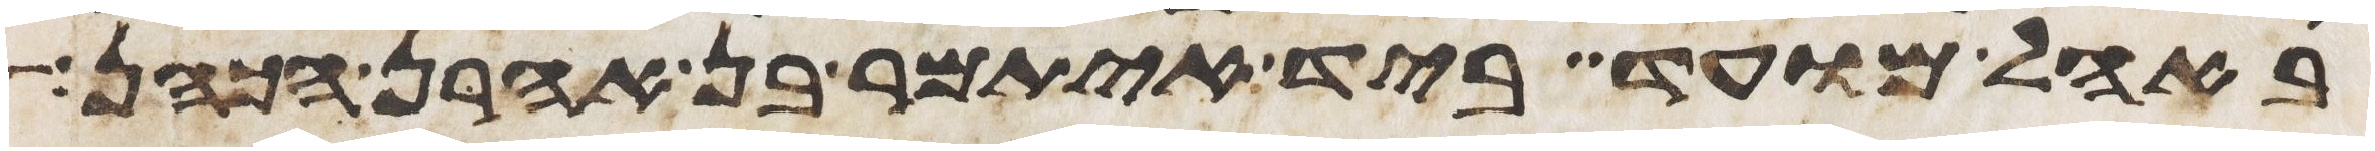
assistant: באהל מועד ביד איתמר בן אהרן הכהן